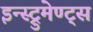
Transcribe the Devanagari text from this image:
इन्स्ट्रुमेण्ट्स